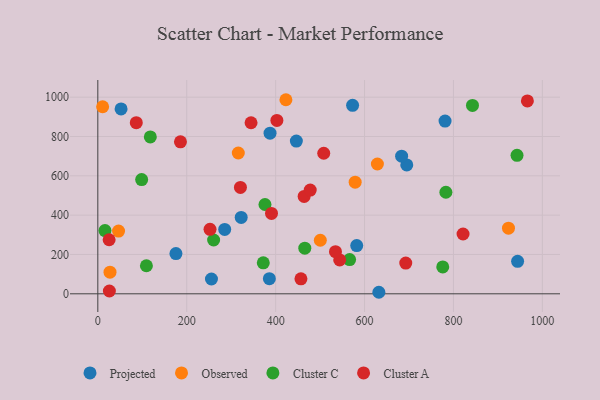
{"axis": {"x": "Engine Size", "y": "Demand"}, "legend": ["Cluster A", "Cluster C", "Observed", "Projected"], "data": [{"x": "695.0", "y": 655.2, "type": "Projected"}, {"x": "573.1", "y": 958.3, "type": "Projected"}, {"x": "446.6", "y": 776.9, "type": "Projected"}, {"x": "255.6", "y": 75.3, "type": "Projected"}, {"x": "387.4", "y": 816.8, "type": "Projected"}, {"x": "322.5", "y": 388.5, "type": "Projected"}, {"x": "781.1", "y": 878.4, "type": "Projected"}, {"x": "175.7", "y": 204.7, "type": "Projected"}, {"x": "632.2", "y": 7.8, "type": "Projected"}, {"x": "582.4", "y": 245.5, "type": "Projected"}, {"x": "944.3", "y": 165.1, "type": "Projected"}, {"x": "285.4", "y": 327.6, "type": "Projected"}, {"x": "52.3", "y": 940.0, "type": "Projected"}, {"x": "385.9", "y": 77.0, "type": "Projected"}, {"x": "683.4", "y": 699.7, "type": "Projected"}, {"x": "316.0", "y": 716.0, "type": "Observed"}, {"x": "628.9", "y": 660.2, "type": "Observed"}, {"x": "46.6", "y": 318.9, "type": "Observed"}, {"x": "27.4", "y": 110.2, "type": "Observed"}, {"x": "10.8", "y": 951.2, "type": "Observed"}, {"x": "923.8", "y": 333.6, "type": "Observed"}, {"x": "423.1", "y": 987.0, "type": "Observed"}, {"x": "578.9", "y": 567.6, "type": "Observed"}, {"x": "500.5", "y": 272.3, "type": "Observed"}, {"x": "16.1", "y": 321.7, "type": "Cluster C"}, {"x": "465.6", "y": 232.1, "type": "Cluster C"}, {"x": "943.0", "y": 704.5, "type": "Cluster C"}, {"x": "566.4", "y": 174.1, "type": "Cluster C"}, {"x": "118.1", "y": 797.6, "type": "Cluster C"}, {"x": "842.8", "y": 958.1, "type": "Cluster C"}, {"x": "775.9", "y": 136.5, "type": "Cluster C"}, {"x": "98.6", "y": 581.1, "type": "Cluster C"}, {"x": "783.0", "y": 516.4, "type": "Cluster C"}, {"x": "376.0", "y": 454.3, "type": "Cluster C"}, {"x": "260.5", "y": 273.6, "type": "Cluster C"}, {"x": "372.2", "y": 157.6, "type": "Cluster C"}, {"x": "109.3", "y": 142.7, "type": "Cluster C"}, {"x": "25.4", "y": 274.8, "type": "Cluster A"}, {"x": "185.9", "y": 772.9, "type": "Cluster A"}, {"x": "26.0", "y": 14.2, "type": "Cluster A"}, {"x": "692.7", "y": 156.3, "type": "Cluster A"}, {"x": "390.7", "y": 408.8, "type": "Cluster A"}, {"x": "508.2", "y": 714.7, "type": "Cluster A"}, {"x": "402.8", "y": 881.9, "type": "Cluster A"}, {"x": "464.1", "y": 495.4, "type": "Cluster A"}, {"x": "320.8", "y": 540.9, "type": "Cluster A"}, {"x": "966.3", "y": 980.8, "type": "Cluster A"}, {"x": "544.1", "y": 172.1, "type": "Cluster A"}, {"x": "86.5", "y": 870.1, "type": "Cluster A"}, {"x": "252.4", "y": 327.8, "type": "Cluster A"}, {"x": "344.7", "y": 869.9, "type": "Cluster A"}, {"x": "821.6", "y": 304.1, "type": "Cluster A"}, {"x": "456.9", "y": 76.1, "type": "Cluster A"}, {"x": "534.6", "y": 214.5, "type": "Cluster A"}, {"x": "477.8", "y": 527.7, "type": "Cluster A"}]}